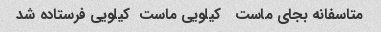
متاسفانه بجای ماست   کیلویی ماست  کیلویی فرستاده شد